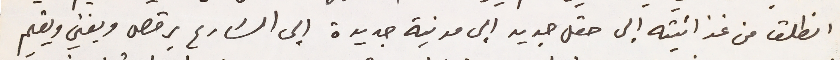
انطلق من غذائيته إلى حقل جديد الى مدنية جديدة إلى الشارع يرقص ويغني ويقيم